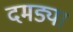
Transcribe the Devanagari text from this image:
दमड्या